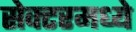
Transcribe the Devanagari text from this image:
सेक्टरमध्ये